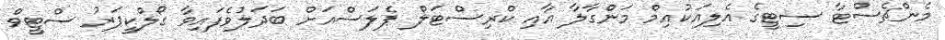
މެންޗެސްޓާ ސިޓީގެ އެލިއަކުއިމް މަންގާލާ އާއި ކްރިސްޓަލް ޕެލަސްއަށް ބަދަލުވެފައިވާ ގޯލްކީޕަރު ސްޓީވް